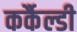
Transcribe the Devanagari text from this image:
कर्कैल्डी